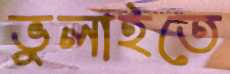
ভুলাইতে